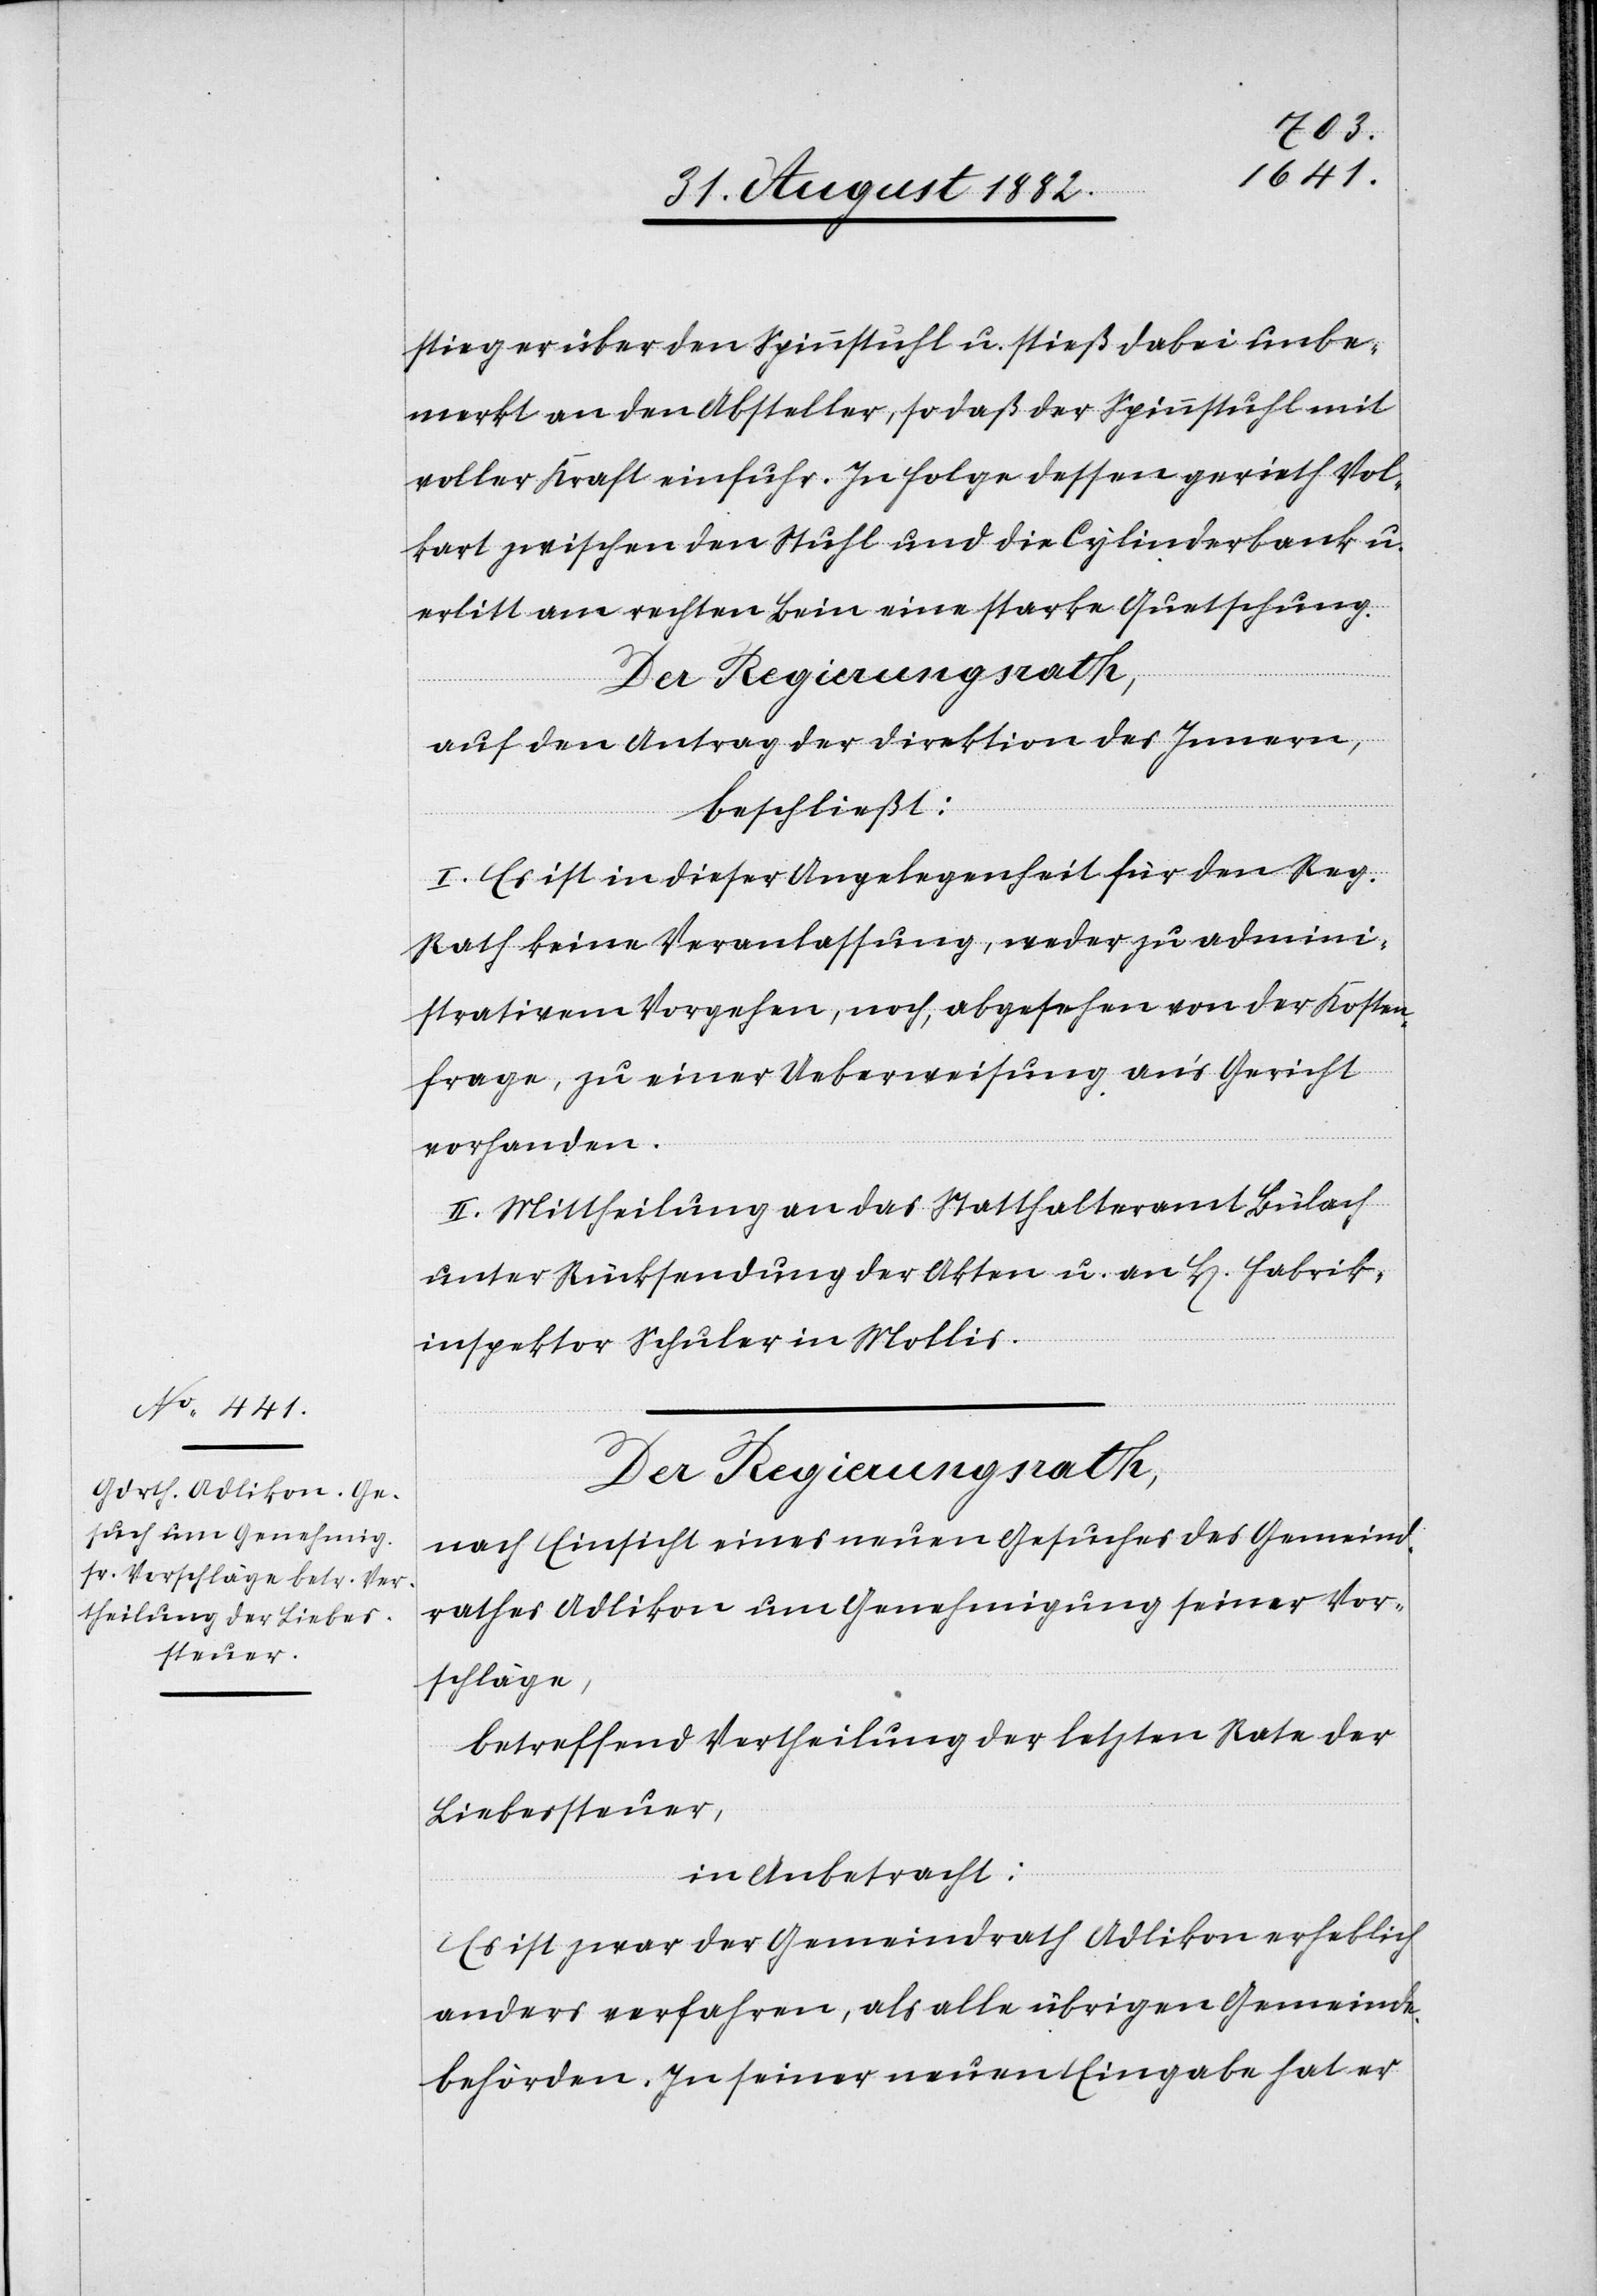
stieg er über den Spinnstuhl u. stieß dabei unbe¬
merkt an den Absteller, so daß der Sinnstuhl mit
voller Kraft einfuhr. In Folge dessen gerieth Vol¬
kart zwischen den Stuhl und die Cylinderbank u.
erlitt am rechten Bein eine starke Quetschung.
Der Regierungsrath,
auf den Antrag der Direktion des Innern,
beschließt:
I. Es ist in dieser Angelegenheit für den Reg.
Rath keine Veranlassung, weder zu admini¬
strativem Vorgehen, noch, abgesehen von der Kosten¬
frage, zu einer Ueberweisung an’s Gericht
vorhanden.
II. Mittheilung an das Statthalteramt Bülach,
unter Rücksendung der Akten u. an H[en] Fabrik¬
inspektor Schuler in Mollis.
nach Einsicht eines neuen Gesuches des Gemeind¬
rathes Adlikon um Genehmigung seiner Vor¬
schläge,
betreffend Vertheilung der letzten Rate der
Liebessteuer,
in Anbetracht:
Es ist zwar der Gemeindrath Adlikon erheblich
anders verfahren, als alle übrigen Gemeinde¬
behörden. In seiner neuen Eingabe hat er